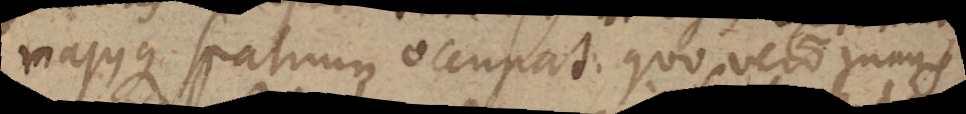
majusque spatium occupat: quo vero magis